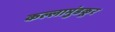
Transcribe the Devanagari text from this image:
कल्लामुंडकूर